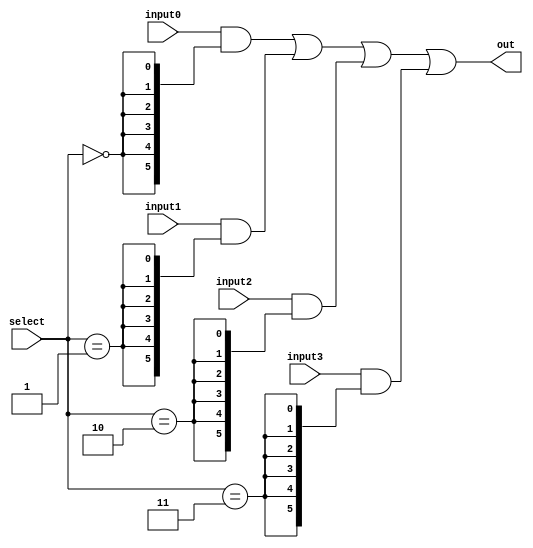
// This program was cloned from: https://github.com/VerticalResearchGroup/miaow
// License: BSD 3-Clause "New" or "Revised" License

module mux4to1_6bit (
	out,
	input0,
	input1,
	input2,
	input3,
	select
);

output[5:0] out;

input[5:0] input0, input1, input2, input3;
input[1:0] select;

assign out = (input0 & {6{(select == 2'b00)}}) |
			 (input1 & {6{(select == 2'b01)}}) |
			 (input2 & {6{(select == 2'b10)}}) |
			 (input3 & {6{(select == 2'b11)}});

endmodule